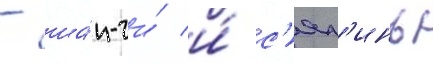
- ша́н-чи́ и́ с'ял'инь